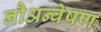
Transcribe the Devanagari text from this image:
नौअन्वेषण